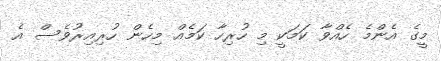
މީގެ އެންމެ ހެއްވާ ކަމަކީ މި ހުރިހާ ކަމެއް މިހެން ހުރިއިރުވެސް އެ